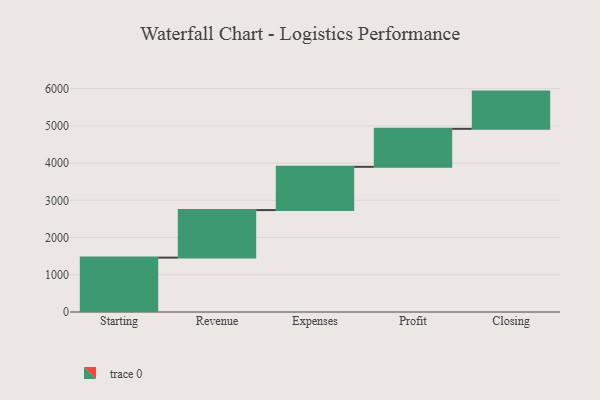
{"axis": {"x": "Step", "y": "Value"}, "legend": [""], "data": [{"x": "Starting", "y": 1461.0, "type": ""}, {"x": "Revenue", "y": 1277.0, "type": ""}, {"x": "Expenses", "y": 1162.0, "type": ""}, {"x": "Profit", "y": 1021.0, "type": ""}, {"x": "Closing", "y": 1000, "type": ""}]}